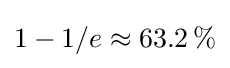
1-1/e\approx 63.2\,\%